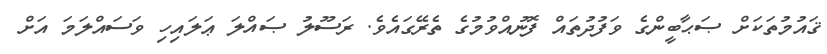
ޤައުމުތަކަށް ޞަޙާބީންގެ ވަފުދުތައް ފޮނުއްވުމުގެ ތެރޭގައެވެ. ރަސޫލު ޞައްލަ ޢަލައިހި ވަސައްލަމަ އަށް